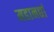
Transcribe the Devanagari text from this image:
महानद्यां